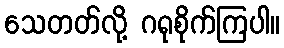
သေတတ်လို့ ဂရုစိုက်ကြပါ။